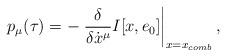
LaTeX: \begin{align*}p_{\mu}(\tau)=-\left.\frac{\delta}{\delta\dot{x}^{\mu}}I[x,e_{0}]\right\vert_{x=x_{comb}},\end{align*}